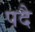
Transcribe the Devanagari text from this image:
पदै